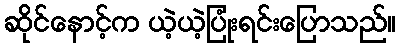
ဆိုင်နောင့်က ယဲ့ယဲ့ပြုံးရင်းပြောသည်။